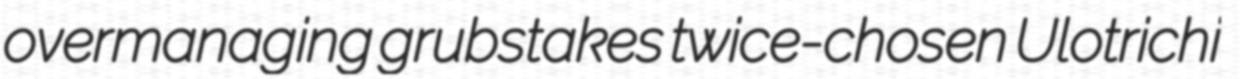
overmanaging grubstakes twice-chosen Ulotrichi